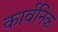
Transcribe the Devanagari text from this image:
कार्वनिक